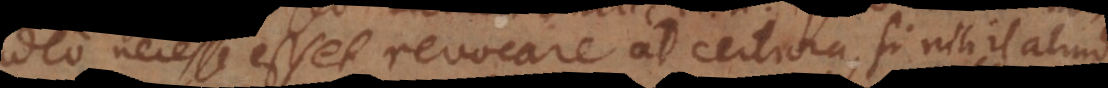
adeo necesse esset revocare ad certiora, si nihil aliud